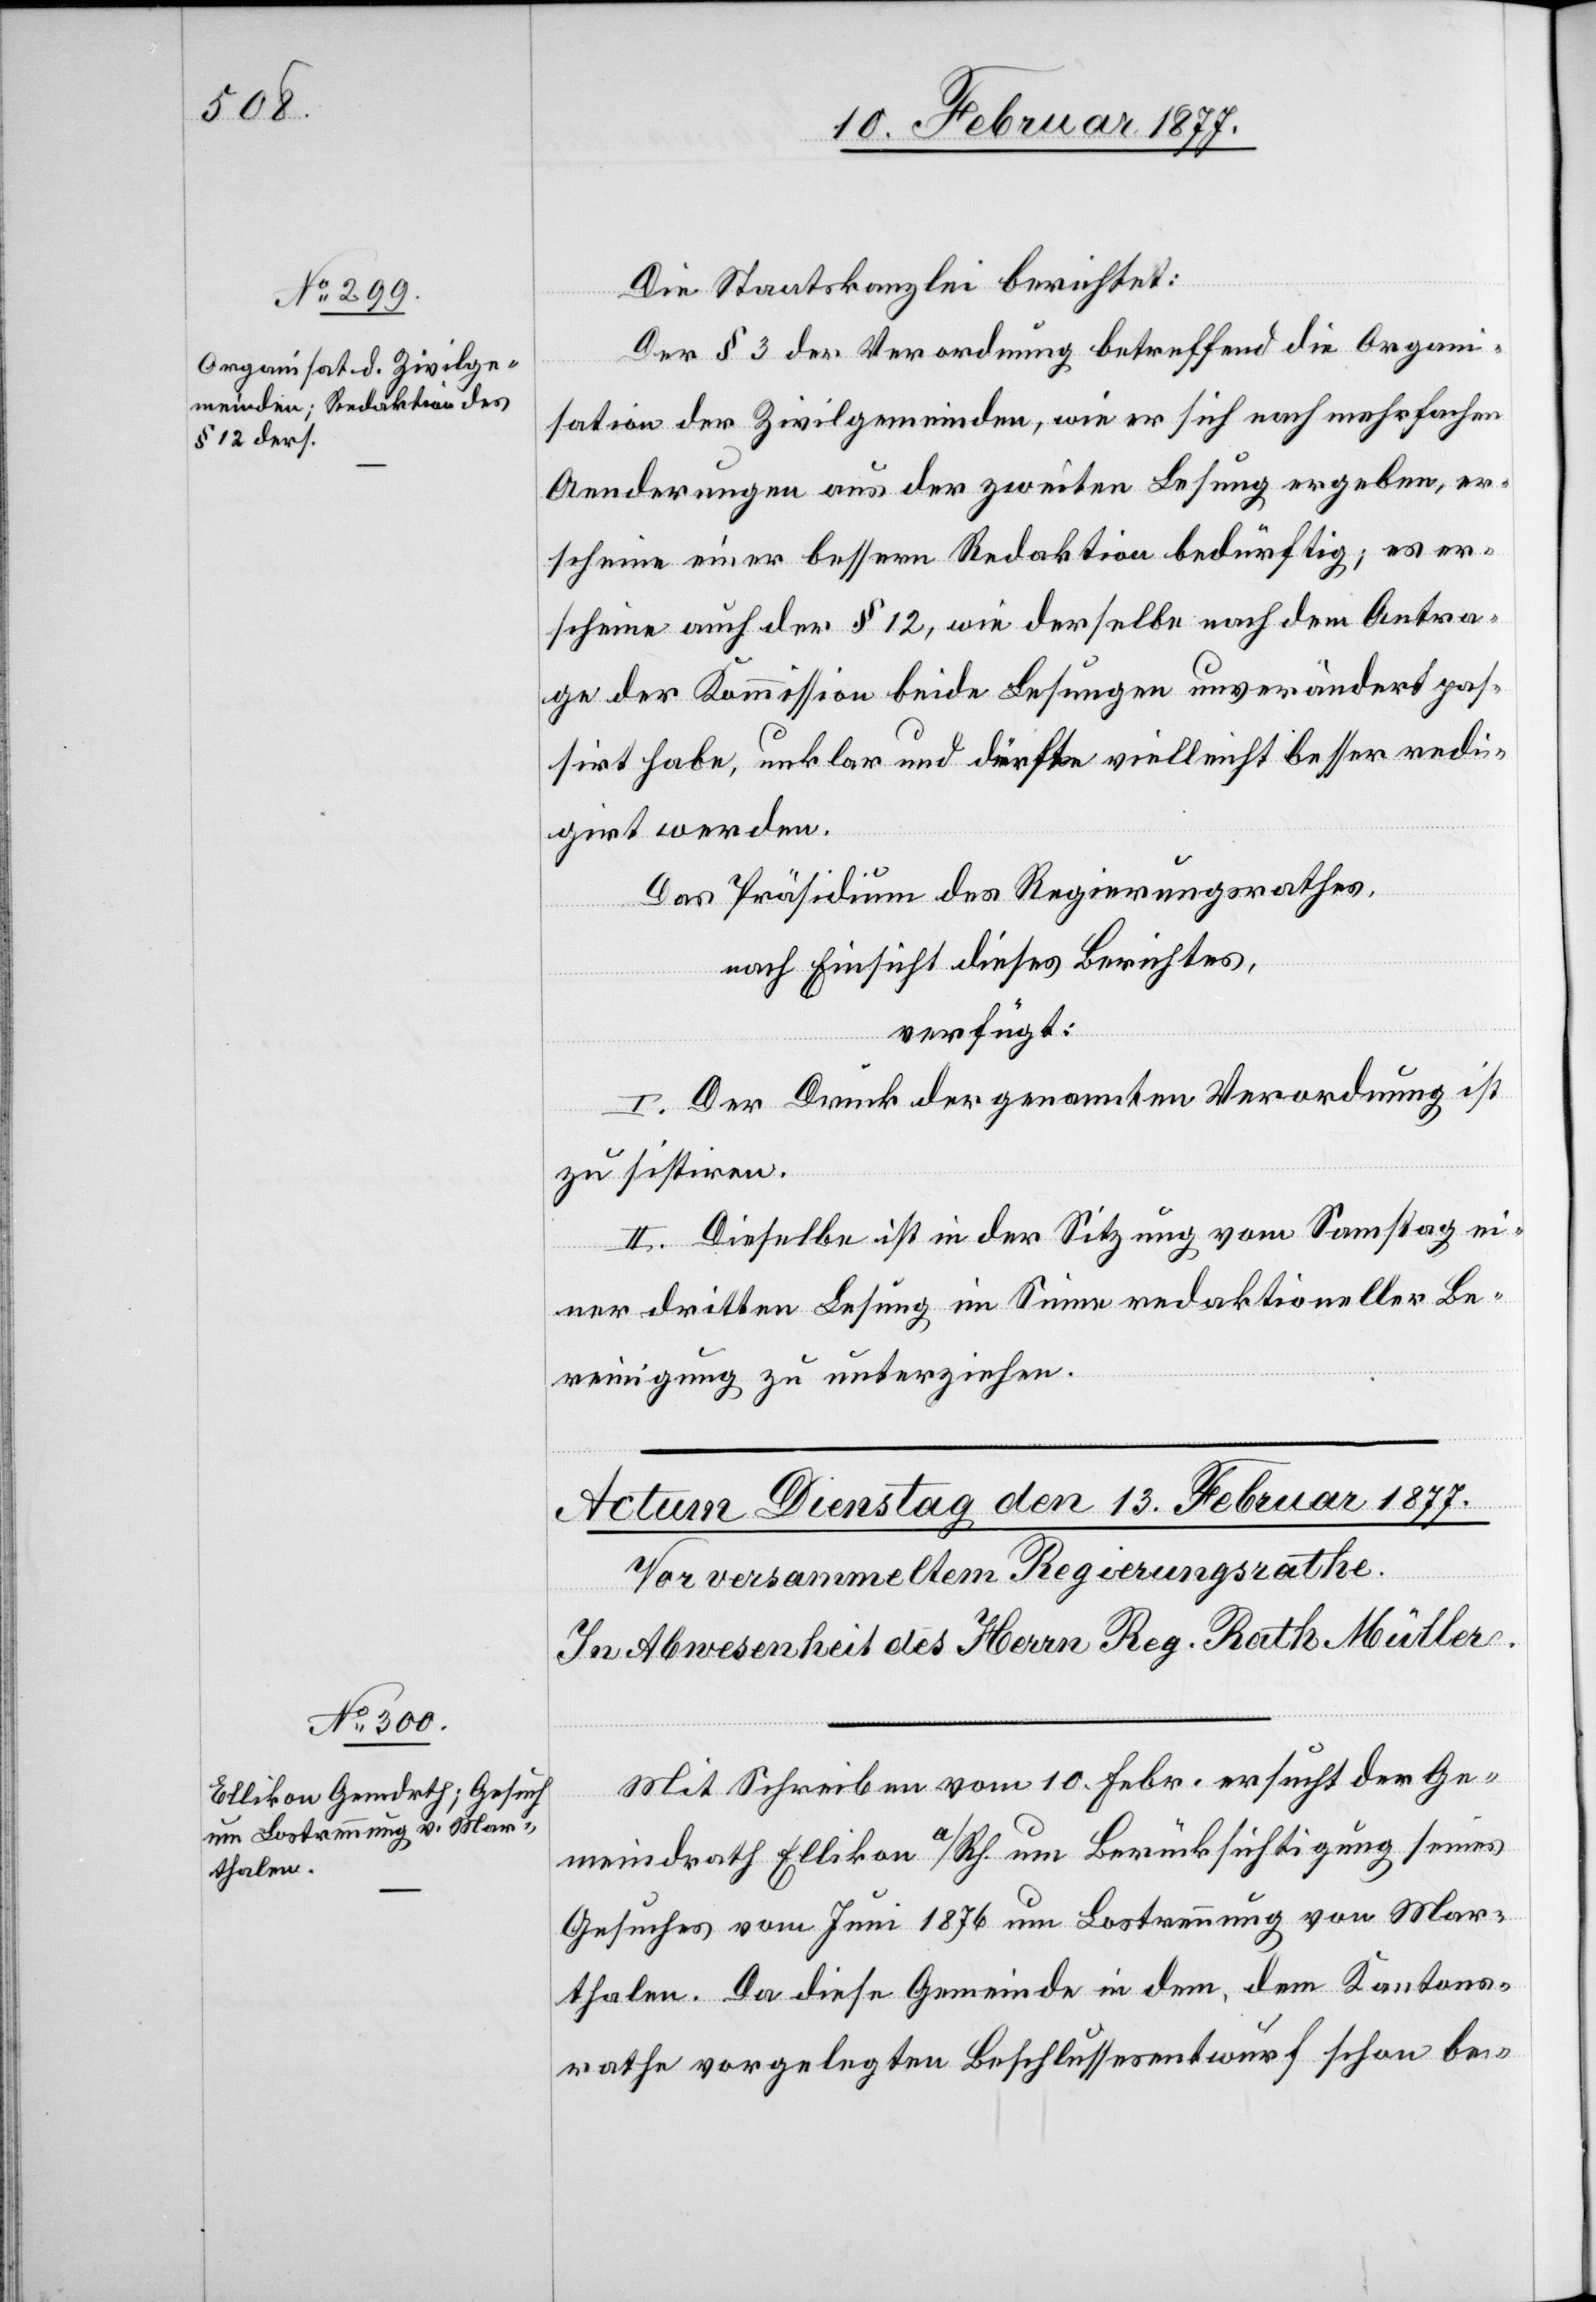
10. Februar 1877.]
Die Staatskanzlei berichtet:
Der § 3 der Verordnung betreffend die Organi¬
sation der Zivilgemeinden, wie er sich nach mehrfachen
Aenderungen aus der zweiten Lesung ergeben, er¬
scheine einer bessern Redaktion bedürftig; es er¬
scheine auch der § 12, wie derselbe nach dem Antra¬
ge der Kommission beide Lesungen unverändert pas¬
sirt habe, unklar und dürfte vielleicht besser redi¬
girt werden.
Das Präsidium des Regierungsrathes,
nach Einsicht dieses Berichtes,
verfügt:
I. Der Druck der genannten Verordnung ist
zu sistiren.
II. Dieselbe ist in der Sitzung vom Samstag ei¬
ner dritten Lesung im Sinne redaktioneller Be¬
reinigung zu unterziehen.
Mit Schreiben vom 10. Febr. ersucht der Ge¬
meindrath Ellikon a/Rh. um Berücksichtigung seines
Gesuches vom Juni 1876 um Lostrennung von Mar¬
thalen. Da diese Gemeinde in dem, dem Kantons¬
rathe vorgelegten Beschlussesentwurf schon be-